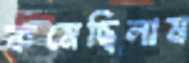
কমেছিলাম